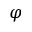
\varphi